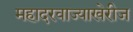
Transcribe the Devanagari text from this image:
महादरवाज्याखेरीज